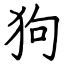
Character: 狗